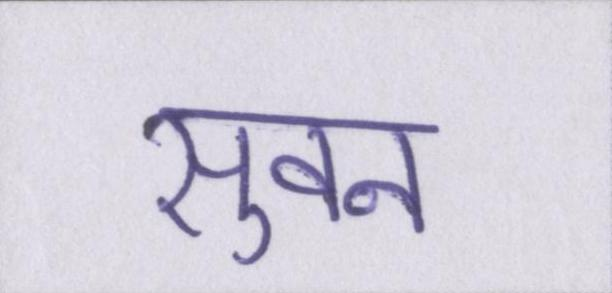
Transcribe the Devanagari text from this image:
सुवन